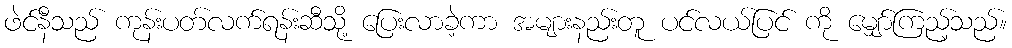
ဖဲင်နီသည် ကုန်းပတ်လက်ရန်းဆီသို့ ပြေးလာခဲ့ကာ အများနည်းတူ ပင်လယ်ပြင် ကို မျှော်ကြည့်သည်။